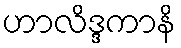
ဟာလိဒ္ဒကာနိ